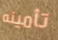
تأمينه